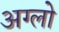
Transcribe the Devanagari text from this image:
अग्लो